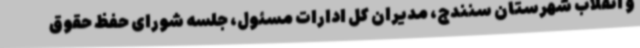
و انقلاب شهرستان سنندج، مدیران کل ادارات مسئول، جلسه شورای حفظ حقوق